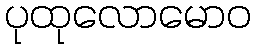
ပုထုလောမောဝ